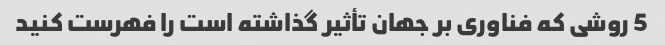
5 روشی که فناوری بر جهان تأثیر گذاشته است را فهرست کنید